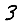
Digit: 3